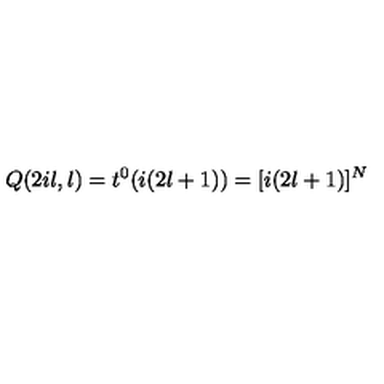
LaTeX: Q ( 2 i l , l ) = t ^ { 0 } ( i ( 2 l + 1 ) ) = [ i ( 2 l + 1 ) ] ^ { N }